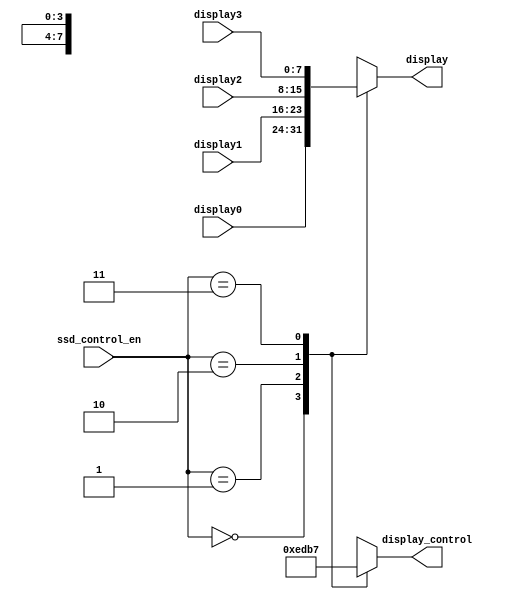
`timescale 1ns / 1ps
module ssd_control(display_control, display, ssd_control_en, display0, display1, display2, display3);
    output [3:0] display_control;
    output [0:7] display;
    input [1:0] ssd_control_en;
    input [0:7] display0, display1, display2, display3;
    
    reg [0:7] display;
    reg [3:0] display_control;
    
    always @(ssd_control_en or display0 or display1 or display2 or display3) begin
        case(ssd_control_en)
            2'b00: display = display0;
            2'b01: display = display1;
            2'b10: display = display2;
            2'b11: display = display3;
            default : display = 8'd0;
        endcase
      end        
    always @(ssd_control_en) begin
        case(ssd_control_en)
            2'b00: display_control = 4'b1110;
            2'b01: display_control = 4'b1101;
            2'b10: display_control = 4'b1011;
            2'b11: display_control = 4'b0111;
            default : display_control= 4'b1111;
        endcase
     end    
endmodule